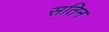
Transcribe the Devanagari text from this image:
सतिन